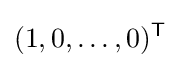
(1,0,\ldots ,0)^{\mathsf {T}}